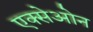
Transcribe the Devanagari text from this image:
एक्सेओन